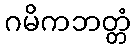
ဂမိကဘတ္တံ